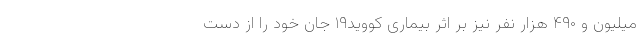
میلیون و ۴۹۰ هزار نفر نیز بر اثر بیماری کووید۱۹ جان خود را از دست